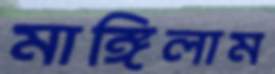
মাঙ্গিলাম